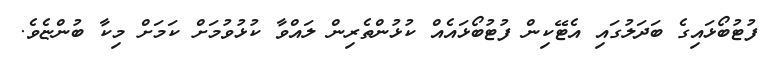
ފުޓުބޯޅައިގެ ބަދަލުގައި އެޓޭކިން ފުޓުބޯޅައެއް ކުޅުންތެރިން ލައްވާ ކުޅުވުމަށް ކަމަށް މިކާ ބުންޏެވެ.